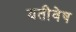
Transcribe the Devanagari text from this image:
यतीवेष